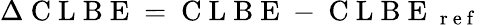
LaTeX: \Delta\mathrm{~C~L~B~E~}=\mathrm{~C~L~B~E~}-\mathrm{~C~L~B~E~}_{\mathrm{~r~e~f~}}